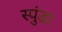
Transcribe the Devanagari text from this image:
स्पुंडा